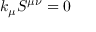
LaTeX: k _ { \mu } S ^ { \mu \nu } = 0